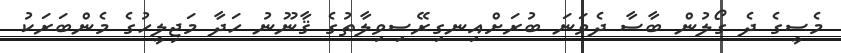
މެސީގެ ދެ ގޯލުން ބާސާ ދެވަނަ ބުރަށްއިނގިރޭސިވިލާތުގެ ޤާނޫނު ހަދާ މަޖިލީހުގެ މެންބަރަކު